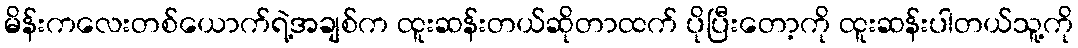
မိန်းကလေးတစ်ယောက်ရဲ့အချစ်က ထူးဆန်းတယ်ဆိုတာထက် ပိုပြီးတော့ကို ထူးဆန်းပါတယ်သူ့ကို